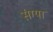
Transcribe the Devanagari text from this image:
संग्या